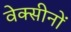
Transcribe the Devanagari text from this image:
वेक्सीनों